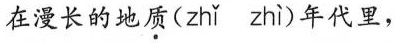
在漫长的地质(zh\check{i} zh\grave{i} )年代里，